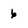
Character: 6